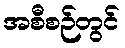
အစီစဉ်တွင်